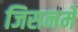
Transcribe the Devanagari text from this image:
जिसनमें